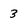
Character: 3